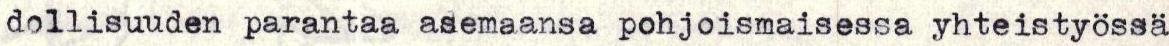
dollisuuden parantaa asemaansa pohjoismaisessa yhteistyössä